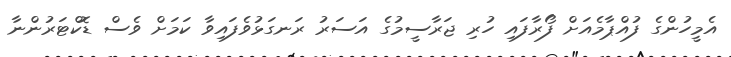
އެމީހުންގެ ފުއްޕާމެއަށް ފޯރާފައި ހުރި ޖަރާސީމުގެ އަސަރު ރަނގަޅުވެފައިވާ ކަމަށް ވެސް ޑޮކްޓަރުންނާ